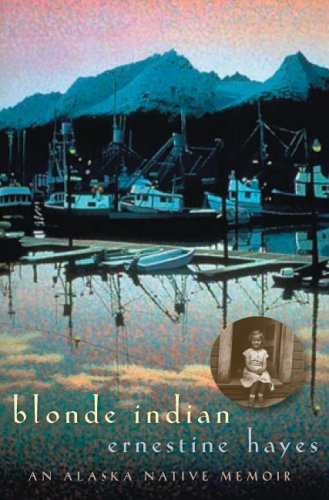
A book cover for Blonde Indian: An Alaska Native Memoir (Sun Tracks); Ernestine Hayes; Biographies & Memoirs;